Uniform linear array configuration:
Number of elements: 4
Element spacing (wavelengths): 0.75
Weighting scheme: hamming
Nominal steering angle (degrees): -30
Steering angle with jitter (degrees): -30.438
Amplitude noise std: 0.05
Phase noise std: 0.05

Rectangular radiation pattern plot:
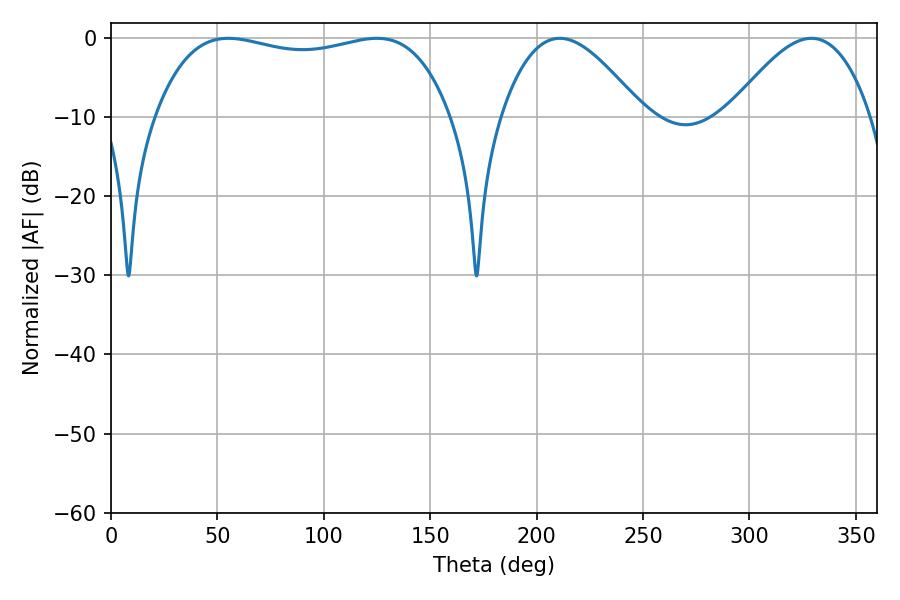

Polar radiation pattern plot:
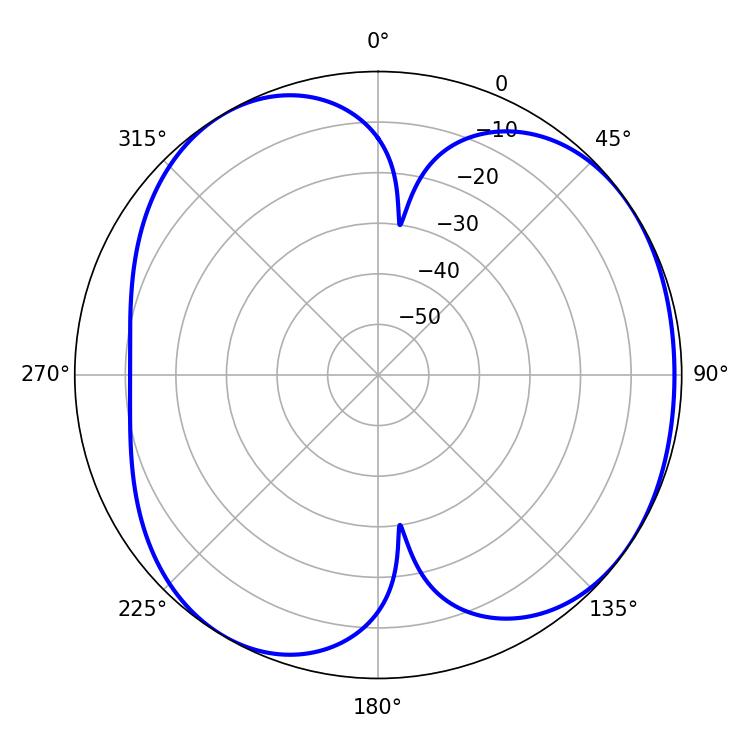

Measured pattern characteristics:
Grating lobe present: TRUE
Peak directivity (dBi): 4.754
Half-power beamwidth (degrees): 111.96
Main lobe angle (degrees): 55.08